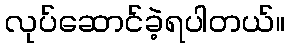
လုပ်ဆောင်ခဲ့ရပါတယ်။